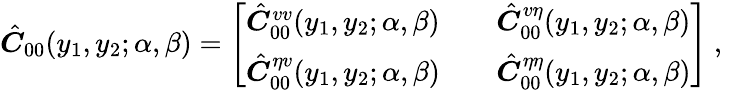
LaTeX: \hat{\boldsymbol{C}}_{00}(y_{1},y_{2};\alpha,\beta)=\left[\begin{array}{lll}{\hat{\boldsymbol{C}}_{00}^{vv}(y_{1},y_{2};\alpha,\beta)}&{}&{\hat{\boldsymbol{C}}_{00}^{v\eta}(y_{1},y_{2};\alpha,\beta)}\\ {\hat{\boldsymbol{C}}_{00}^{\eta v}(y_{1},y_{2};\alpha,\beta)}&{}&{\hat{\boldsymbol{C}}_{00}^{\eta\eta}(y_{1},y_{2};\alpha,\beta)}\end{array}\right]\mathrm{~,~}